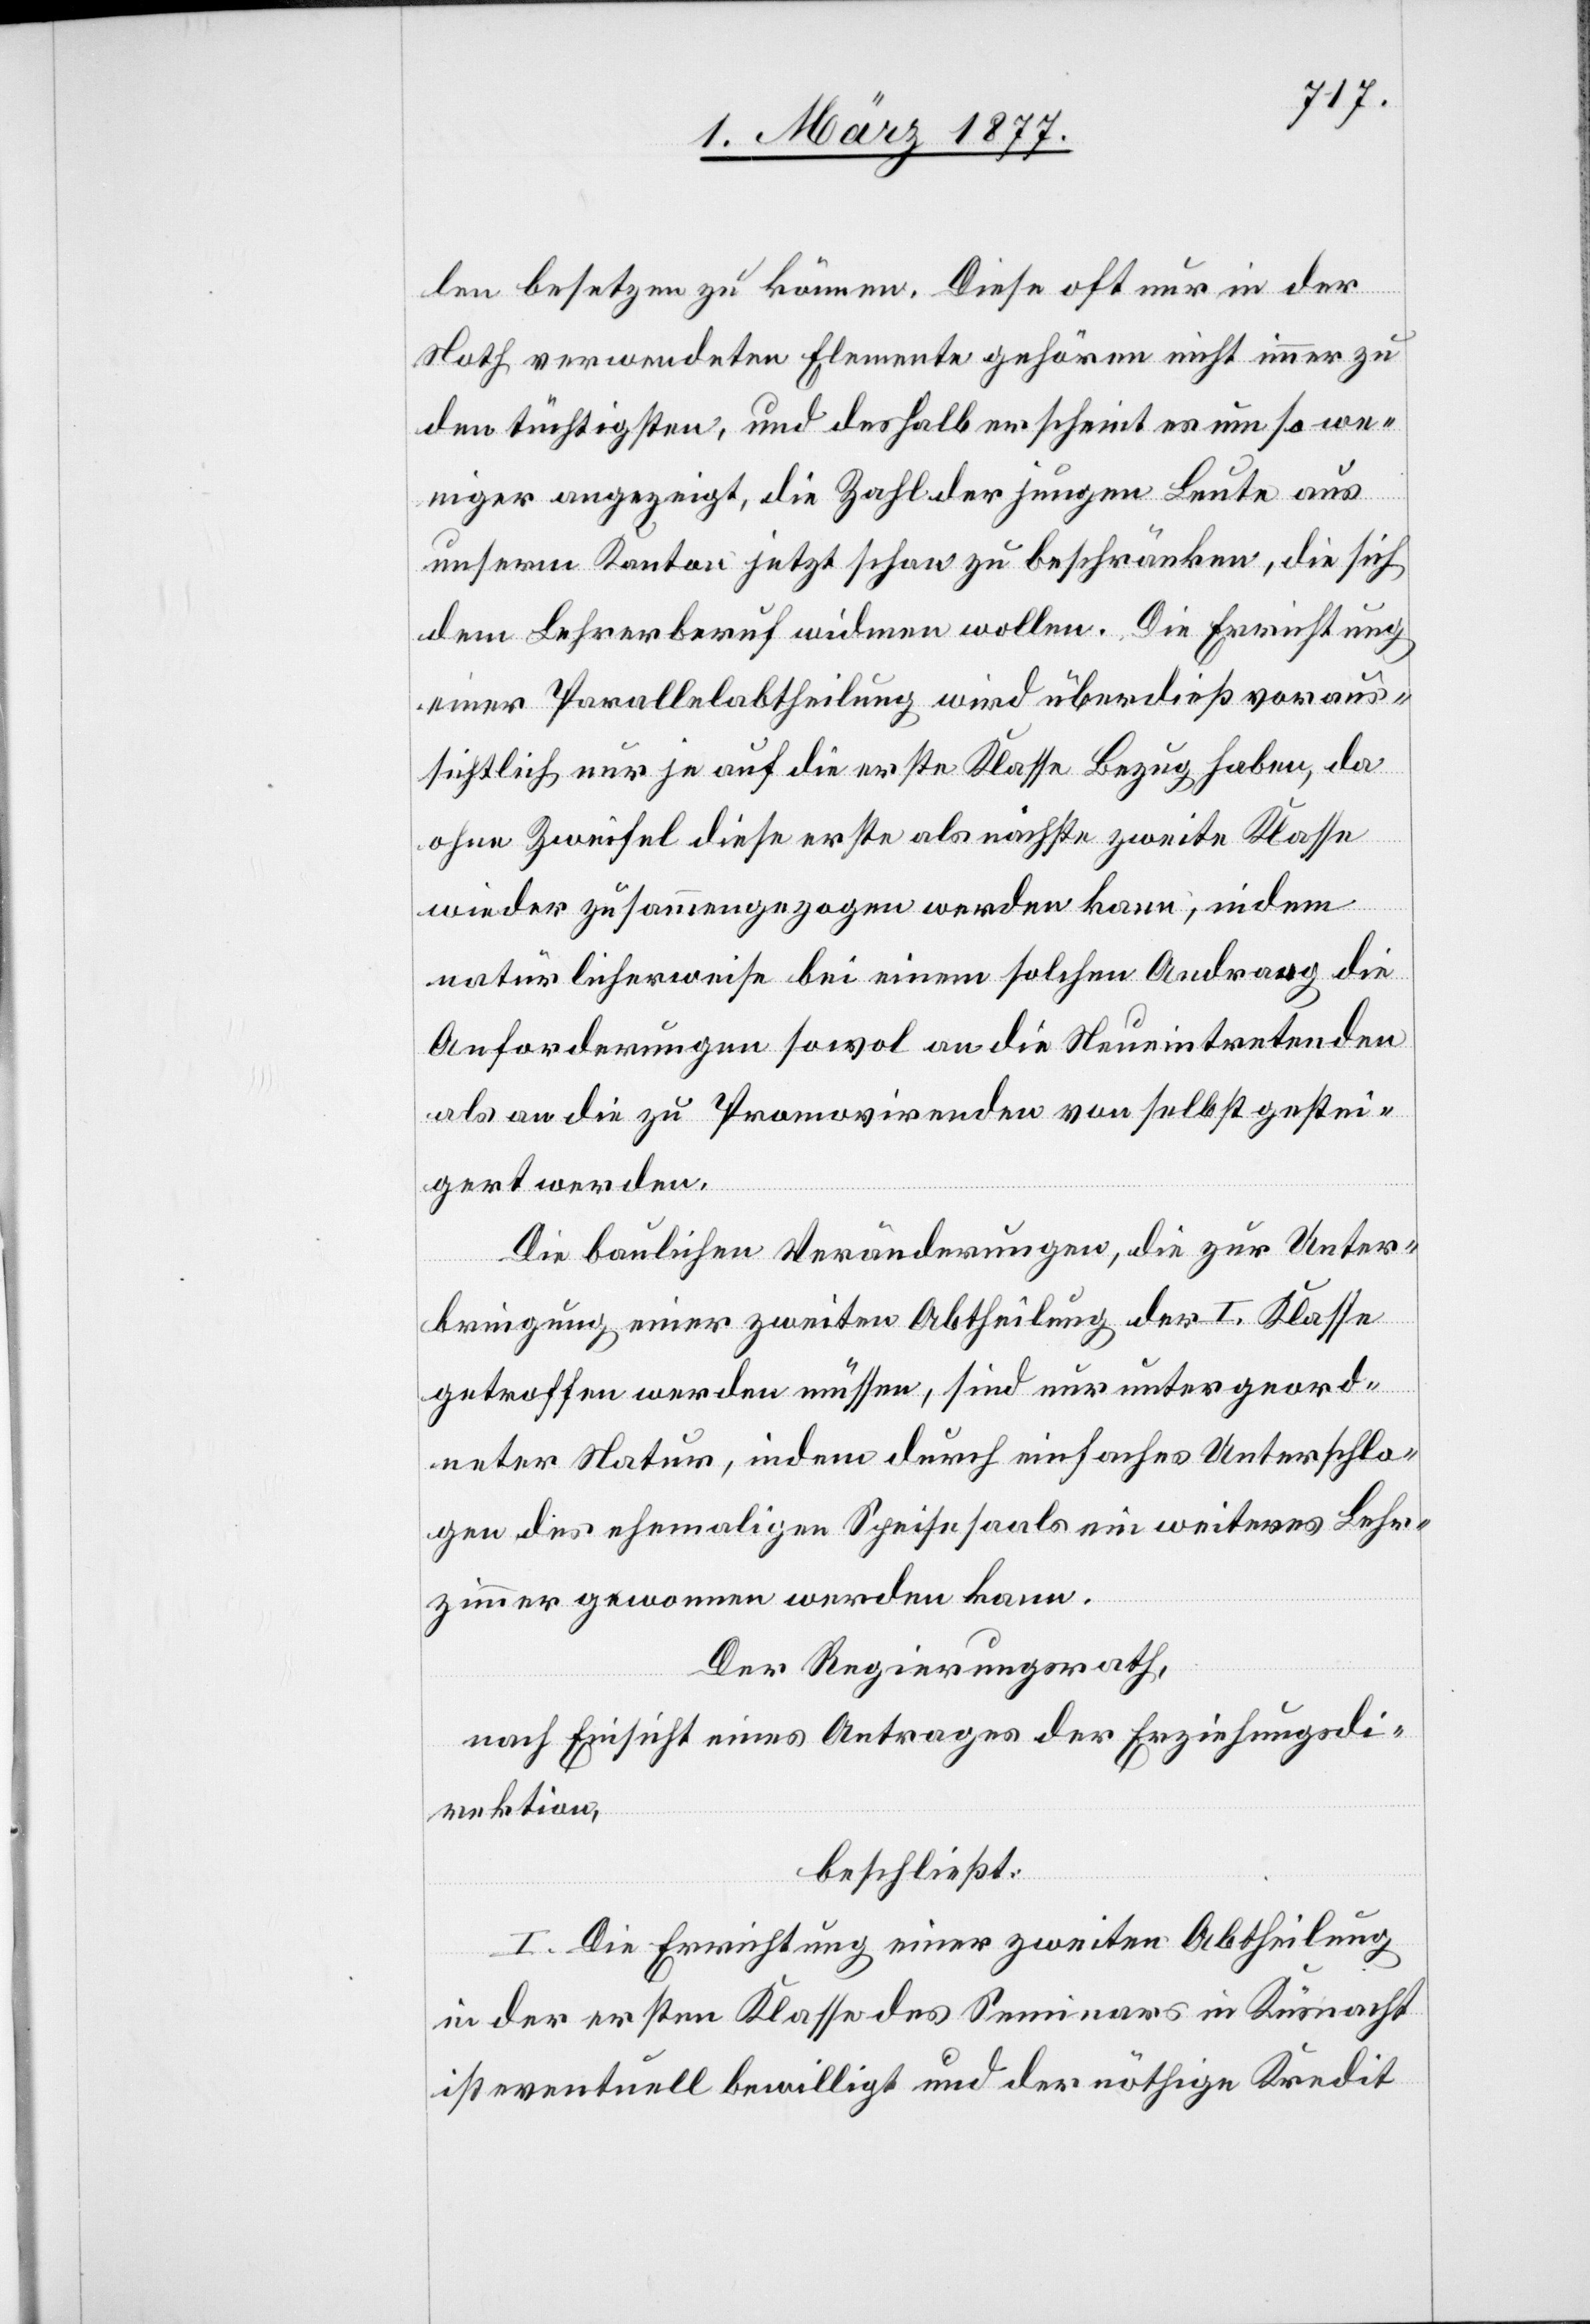
len besetzen zu können. Diese oft nur in der
Noth verwendeten Elemente gehören nicht immer zu
den tüchtigsten, und deshalb erscheint es um so we¬
niger angezeigt, die Zahl der jungen Leute aus
unserm Kanton jetzt schon zu beschränken, die sich
dem Lehrerberuf widmen wollen. Die Errichtung
einer Parallelabtheilung wird überdieß voraus¬
sichtlich nur je auf die erste Klasse Bezug haben, da
ohne Zweifel diese erste als nächste zweite Klasse
wieder zusammengezogen werden kann, indem
natürlicherweise bei einem solchen Andrang die
Anforderungen sowol an die Neueintretenden
als an die zu Promovirenden von selbst gestei¬
gert werden.
Die baulichen Veränderungen, die zur Unter¬
bringung einer zweiten Abtheilung der I. Klasse
getroffen werden müssen, sind nur untergeord¬
neter Natur, indem durch einfaches Unterschla¬
gen des ehemaligen Speisesaals ein weiteres Lehr¬
zimmer gewonnen werden kann.
Der Regierungsrath,
nach Einsicht eines Antrages der Erziehungsdi¬
rektion,
beschließt:
1. Die Errichtung einer zweiten Abtheilung
in der ersten Klasse des Seminars in Küsnacht
ist eventuell bewilligt und der nöthige Kredit